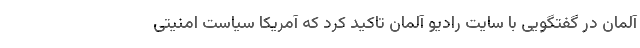
آلمان در گفتگویی با سایت رادیو آلمان تاکید کرد که آمریکا سیاست امنیتی